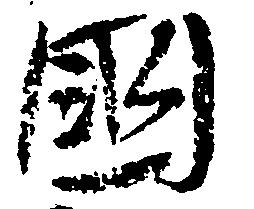
国